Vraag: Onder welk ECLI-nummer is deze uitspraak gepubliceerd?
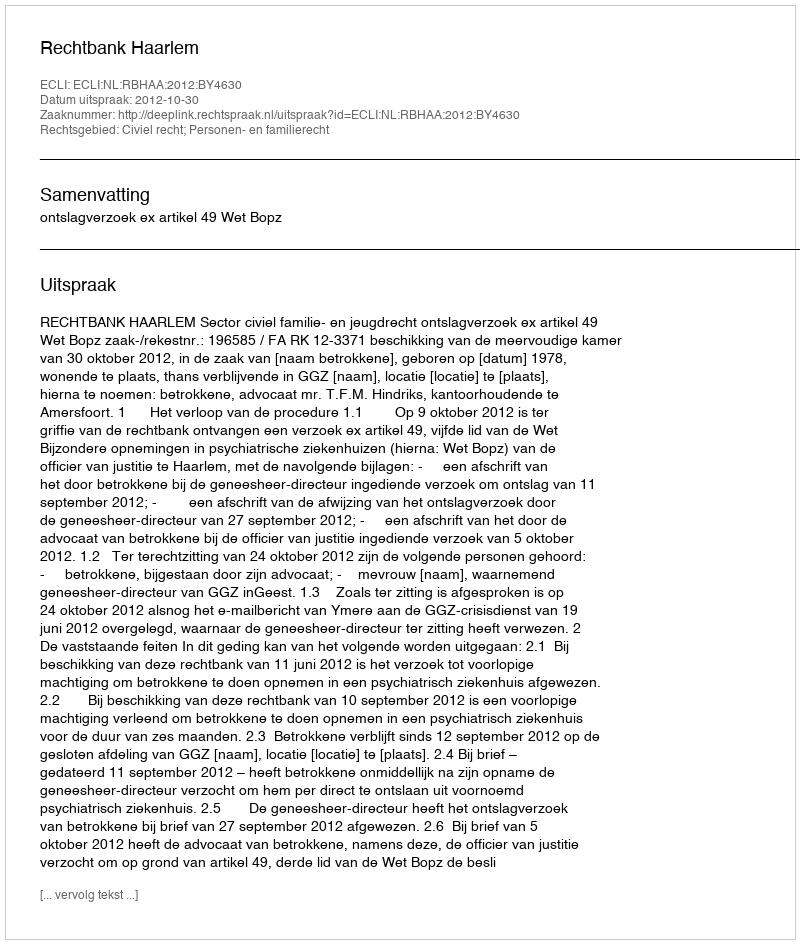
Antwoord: ECLI:NL:RBHAA:2012:BY4630